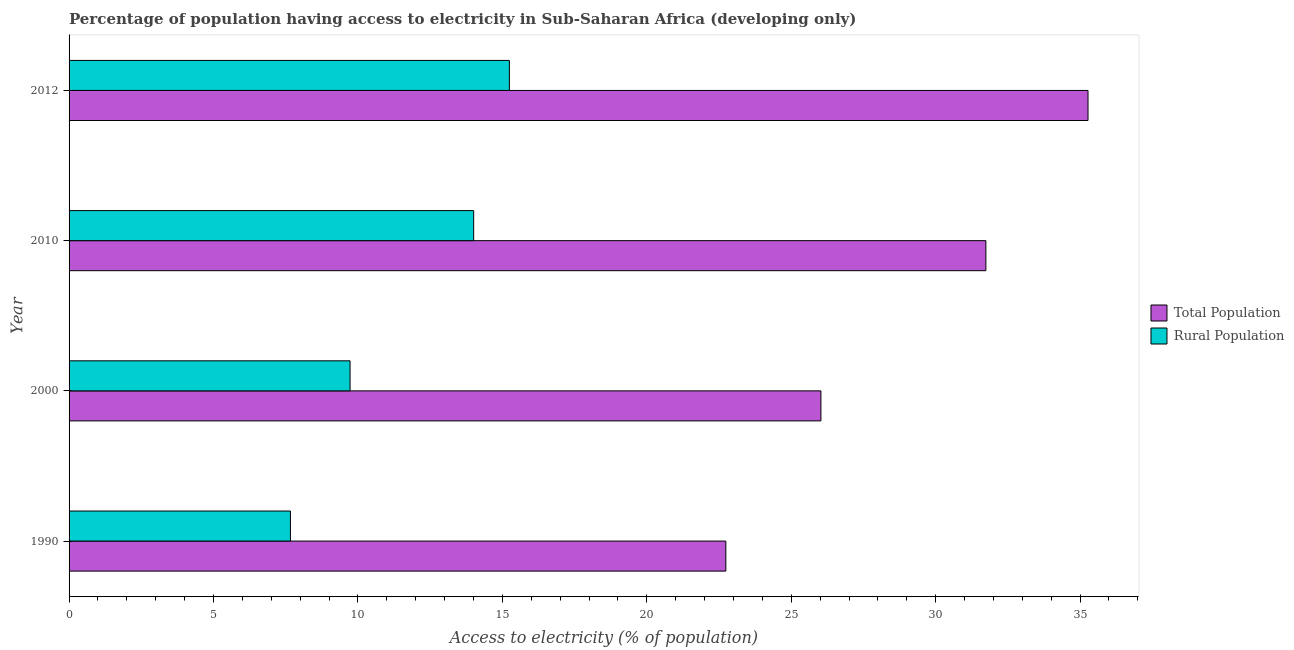
| Year | Total Population | Rural Population |
 | --- | --- | --- |
 | 1990 | 22.7 | 7.66 |
 | 2000 | 26 | 9.73 |
 | 2010 | 31.7 | 14 |
 | 2012 | 35.3 | 15.2 |